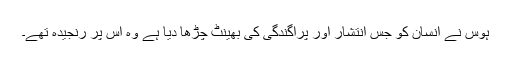
ہوس نے انسان کو جس انتشار اور پراگندگی کی بھینٹ چڑھا دیا ہے وہ اس پر رنجیدہ تھے۔